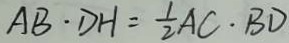
A B \cdot D H = \frac { 1 } { 2 } A C \cdot B D